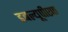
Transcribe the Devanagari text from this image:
डबल्यूपीएफ